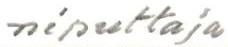
niputtaja